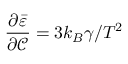
\frac { \partial \bar { \varepsilon } } { \partial \mathcal { C } } = 3 k _ { B } \gamma / { T ^ { 2 } }